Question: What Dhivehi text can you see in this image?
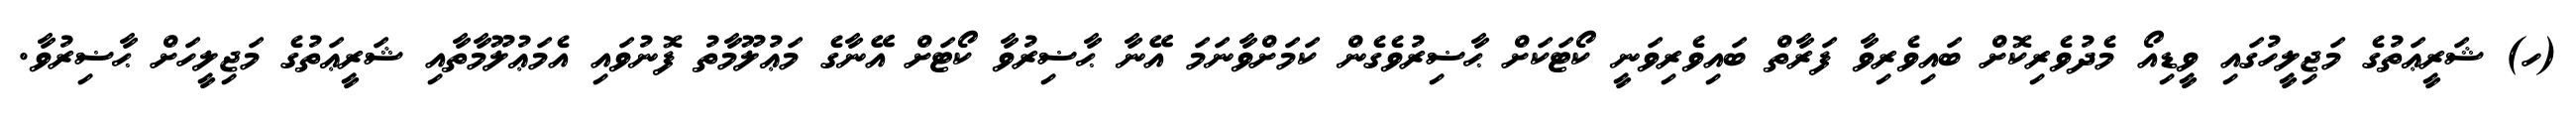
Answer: (ހ) ޝަރީޢަތުގެ މަޖިލީހުގައި ވީޑިއޯ މެދުވެރިކޮށް ބައިވެރިވާ ފަރާތް ބައިވެރިވަނީ ކޯޓަކަށް ޙާޟިރުވެގެން ކަމަށްވާނަމަ އޭނާ ޙާޟިރުވާ ކޯޓަށް އޭނާގެ މަޢުލޫމާތު ފޮނުވައި އެމަޢުލޫމާތާއި ޝަރީޢަތުގެ މަޖިލީހަށް ޙާޟިރުވާ.